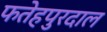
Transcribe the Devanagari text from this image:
फतेहपुरदाल